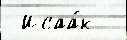
 Исаа́к